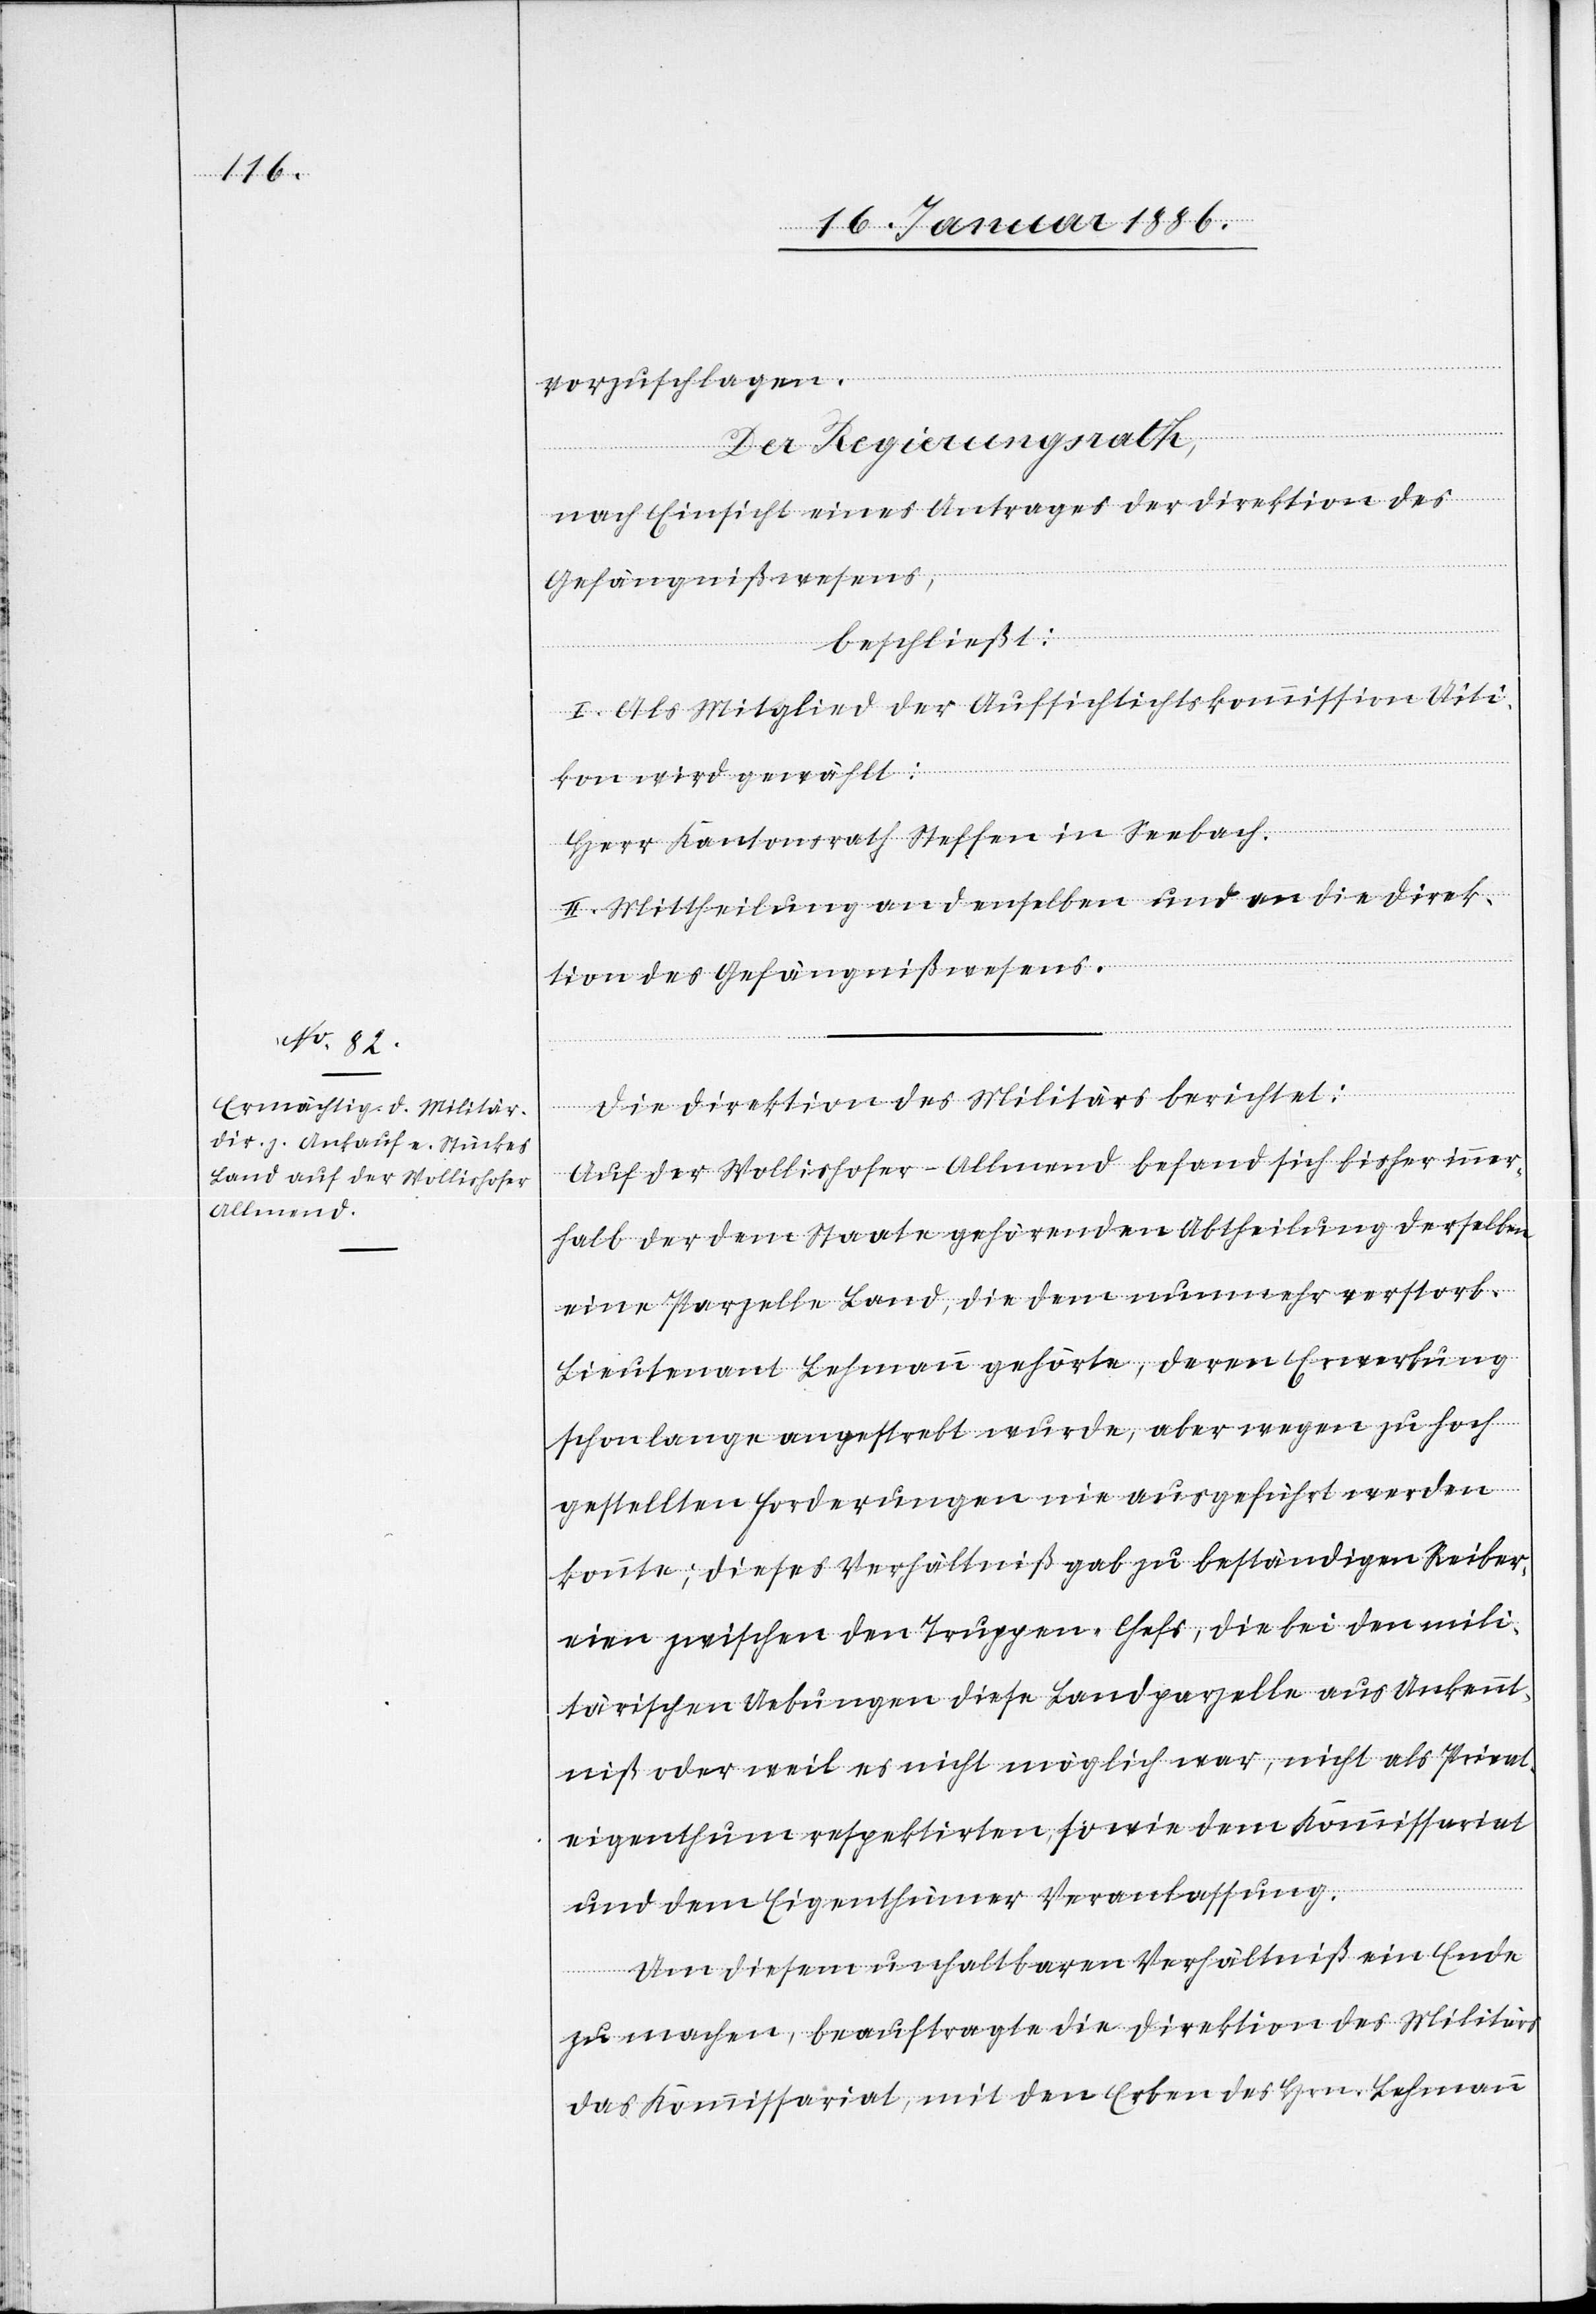
vorzuschlagen.
Der Regierungsrath,
nach Einsicht eines Antrages der Direktion des
Gefängnißwesens,
beschließt:
I. Als Mitglied der Aufsichtskommission Uiti¬
kon wird gewählt:
Herr Kantonsrath Steffen in Seebach.
II. Mittheilung an denselben und an die Direk¬
tion des Gefängnißwesens.
Die Direktion des Militärs berichtet:
Auf der Wollishofer-Allmend befand sich bisher inner¬
halb der dem Staate gehörenden Abtheilung derselben
eine Parzelle Land, die dem nunmehr verstorb.
Lieutenand Lehmann gehörte, deren Erwerbung
schon lange angestrebt wurde, aber wegen zu hoch
gestellten Forderungen nie ausgeführt werden
konnte; dieses Verhältniß gab zu beständigen Reiber¬
eien zwischen den Truppen-Chefs, die bei den mili¬
tärischen Uebungen diese Landparzelle aus Unkennt¬
niß oder weil es nicht möglich war, nicht als Privat¬
eigenthum respektierten, sowie dem Kommissariat
und dem Eigenthümer Veranlassung.
Um diesem unhaltbaren Verhältniß ein Ende
zu machen, beauftragte die Direktion des Militärs
das Kommissariat, mit den Erben des Hrn. Lehmann